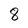
Character: 8